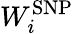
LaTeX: W_{i}^{\mathrm{SNP}}